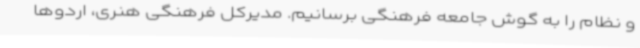
و نظام را به گوش جامعه فرهنگی برسانیم. مدیرکل فرهنگی هنری، اردوها